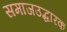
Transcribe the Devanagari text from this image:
समाजउद्धारक